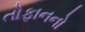
તોફાનનો